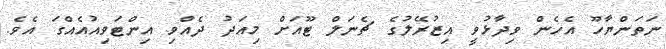
ނަތަންޔާހޫ އެހެން ވިދާޅުވީ އިޒުރޭލުގެ ޗެނަލް ޓޫއަށް މިއަދު ދެއްވި އިންޓަވިއުއެއްގަ އެވެ.